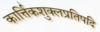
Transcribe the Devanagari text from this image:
कार्त्तिकशुक्लप्रतिपदि